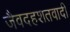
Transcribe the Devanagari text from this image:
जैवदहशतवादी